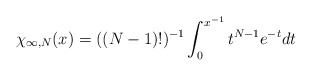
\begin{align*}\chi_{\infty ,N} (x) = ((N - 1)!)^{- 1} \int_{0}^{x^{- 1}}t^{N - 1} e^{- t}dt\end{align*}